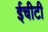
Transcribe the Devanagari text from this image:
ईचीटी